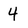
Character: 4